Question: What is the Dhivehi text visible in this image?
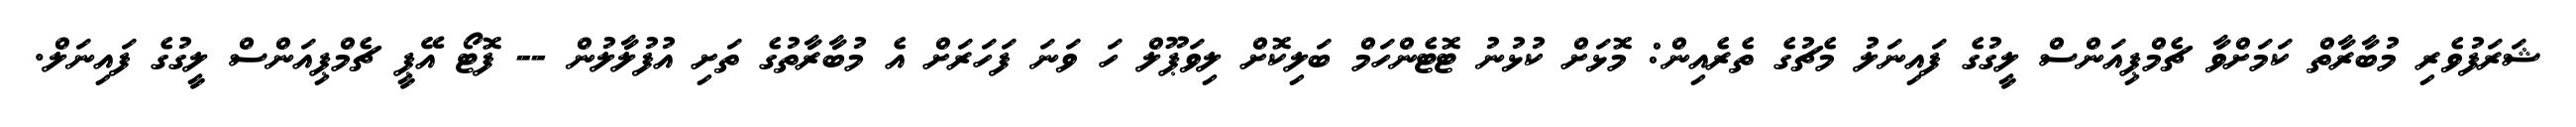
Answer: ޝަރަފުވެރި މުބާރާތް ކަމަށްވާ ޗެމްޕިއަންސް ލީގުގެ ފައިނަލު މެޗުގެ ތެރެއިން: މޮޅަށް ކުޅުނު ޓޮޓެންހަމް ބަލިކޮށް ލިވަޕޫލް ހަ ވަނަ ފަހަރަށް އެ މުބާރާތުގެ ތަށި އުފުލާލުން -- ފޮޓޯ އޭޕީ ޗެމްޕިއަންސް ލީގުގެ ފައިނަލް.